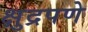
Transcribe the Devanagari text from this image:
क्षुद्रपणे